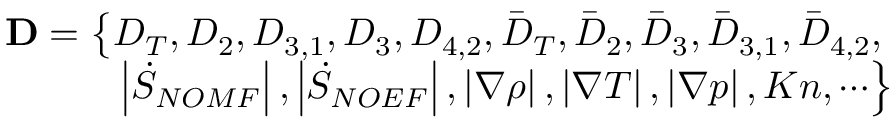
\begin{array} { r } { \mathbf { D } = \left\{ { D } _ { T } , { D } _ { 2 } , { D } _ { 3 , 1 } , { D } _ { 3 } , { D } _ { 4 , 2 } , { { \bar { D } } _ { T } } , { { \bar { D } } _ { 2 } } , { { \bar { D } } _ { 3 } } , { { \bar { D } } _ { 3 , 1 } } , { { \bar { D } } _ { 4 , 2 } } , \right. } \\ { \left. \left| { \dot { S } _ { N O M F } } \right| , \left| { \dot { S } _ { N O E F } } \right| , \left| { \nabla \rho } \right| , \left| \nabla T \right| , \left| \nabla p \right| , K n , \cdots \right\} } \end{array}